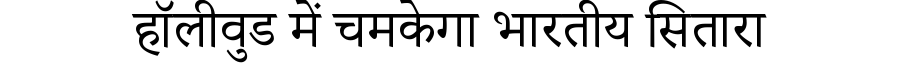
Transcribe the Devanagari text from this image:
हॉलीवुड में चमकेगा भारतीय सितारा